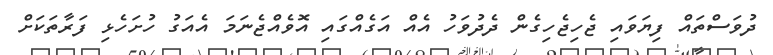
ދުވަސްތައް ފިޔަވައި ޖެހިޖެހިގެން ދެދުވަހު އެއް އަގެއްގައި އޮވެއްޖެނަމަ އެއަގު ހުށަހެޅި ފަރާތަކަށް